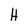
Character: H